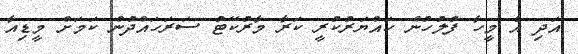
އަދި އެ މީހާ ފުލުހުން ހައްޔަރުކުރީ ކަރާ މާރުކޭޓު ސަރަހައްދުން ކަމަށް މީޑިއާ